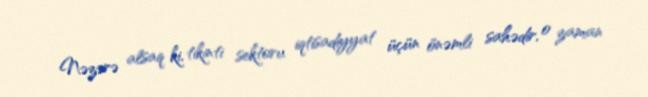
Nəzərə alsaq ki, tikinti sektoru iqtisadiyyat üçün önəmli sahədir, o zaman